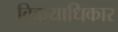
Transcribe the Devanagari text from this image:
विक्रयाधिकार